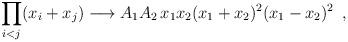
LaTeX: \begin{align*}\prod_{i<j}(x_i+x_j) \longrightarrow A_1 A_2 \,x_1 x_2(x_1 + x_2)^2 (x_1 - x_2)^2 \,\,\,,\end{align*}